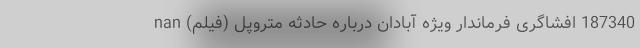
187340 افشاگری فرماندار ویژه آبادان درباره حادثه متروپل (فیلم) nan